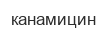
канамицин